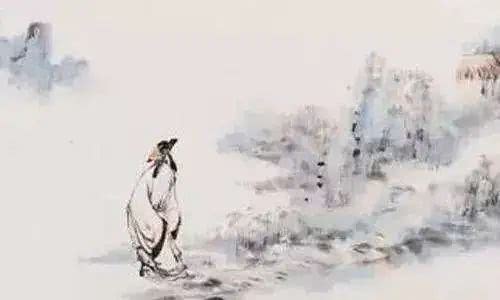
谁念迁客归来，老大伤名节。